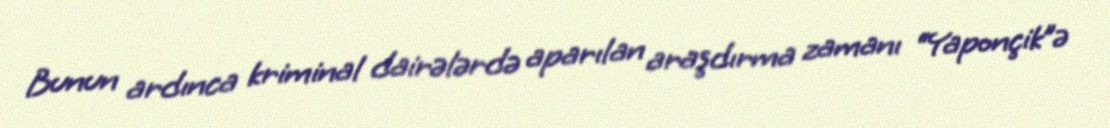
Bunun ardınca kriminal dairələrdə aparılan araşdırma zamanı “Yaponçik”ə